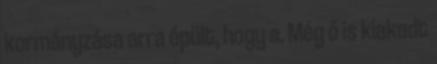
kormányzása arra épült, hogy a. Még ő is kiakadt